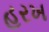
હરખ